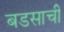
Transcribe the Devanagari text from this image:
बडसाची